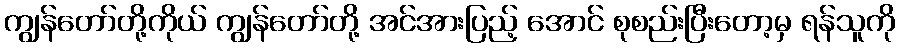
ကျွန်တော်တို့ကိုယ် ကျွန်တော်တို့ အင်အားပြည့် အောင် စုစည်းပြီးတော့မှ ရန်သူကို